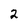
Character: 2